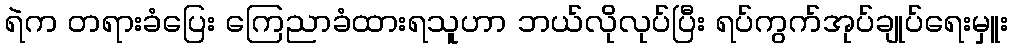
ရဲက တရားခံပြေး ကြေညာခံထားရသူဟာ ဘယ်လိုလုပ်ပြီး ရပ်ကွက်အုပ်ချုပ်ရေးမှူး